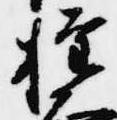
権